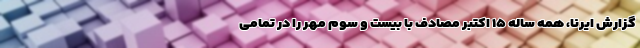
گزارش ایرنا، همه ساله ۱۵ اکتبر مصادف با بیست و سوم مهر را در تمامی